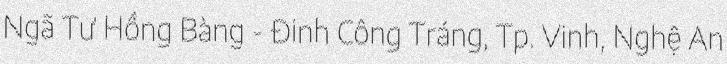
Ngã Tư Hồng Bàng - Đinh Công Tráng, Tp. Vinh, Nghệ An